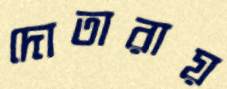
দোতারায়